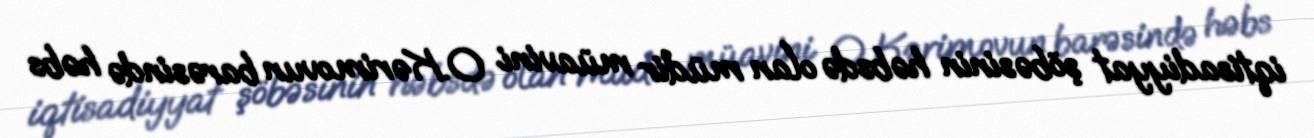
iqtisadiyyat şöbəsinin həbsdə olan müdir müavini O.Kərimovun barəsində həbs